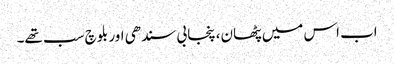
اب اس میں پٹھان، پنجابی سندھی اور بلوچ سب تھے۔